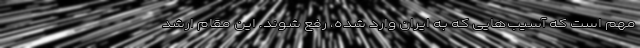
مهم است که آسیب‌هایی که به ایران وارد شده، رفع شوند. این مقام ارشد